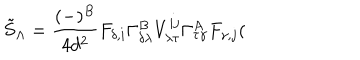
LaTeX: \tilde { S } _ { \Lambda } = \frac { ( - ) ^ { B } } { 4 d ^ { 2 } } F _ { \delta , i } \Gamma _ { \delta \lambda } ^ { B } V _ { \lambda \tau } ^ { i j } \Gamma _ { \tau \gamma } ^ { A } F _ { \gamma , j } (